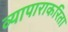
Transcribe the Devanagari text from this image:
व्यापाराकरिता